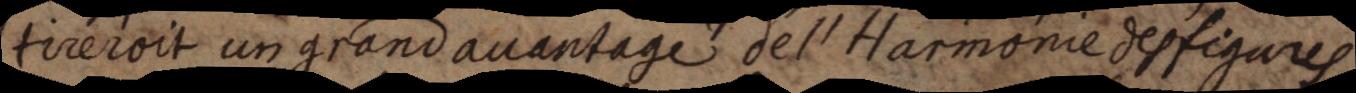
tireroit un grand avantage de l’Harmonie des figures